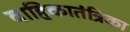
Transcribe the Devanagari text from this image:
वाहिकातंत्रिका